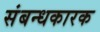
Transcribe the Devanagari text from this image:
संबन्धकारक